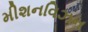
મીશનવિઝન